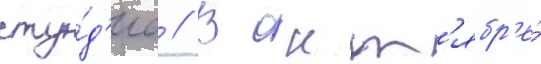
сту́д'иа // В окт'ябр'е́